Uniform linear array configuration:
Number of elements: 4
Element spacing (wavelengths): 0.25
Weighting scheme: binomial
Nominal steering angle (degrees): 60
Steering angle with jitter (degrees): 61.075
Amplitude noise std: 0.05
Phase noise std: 0.05

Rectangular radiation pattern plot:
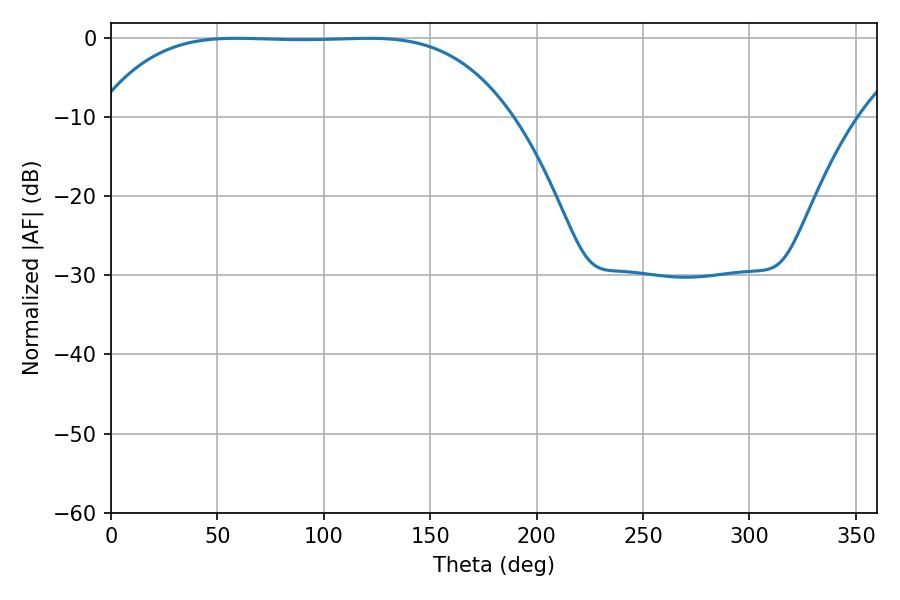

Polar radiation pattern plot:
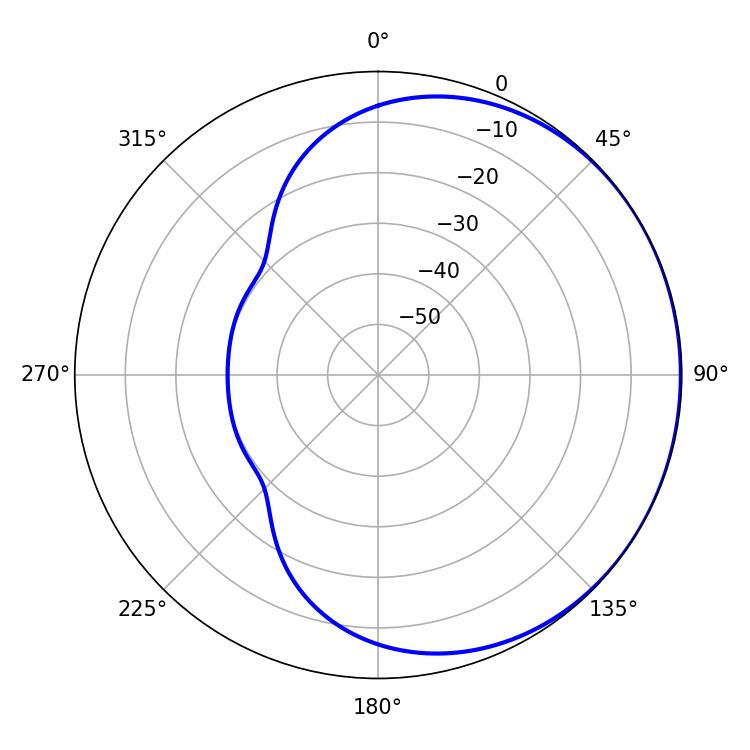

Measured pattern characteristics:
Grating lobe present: FALSE
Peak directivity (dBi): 0.4279
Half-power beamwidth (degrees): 148.68
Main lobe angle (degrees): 59.04